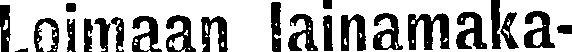
Loimaan lainamaka-